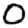
Digit: 0